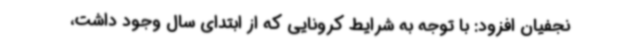
نجفیان افزود: با توجه به شرایط کرونایی که از ابتدای سال وجود داشت،